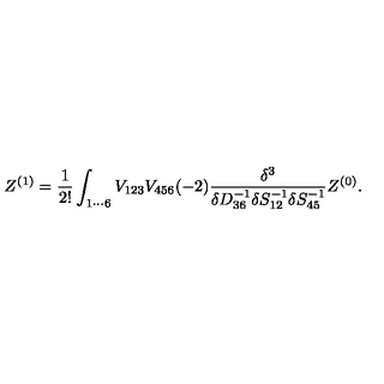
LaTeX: Z ^ { ( 1 ) } = \frac { 1 } { 2 ! } \int _ { 1 \cdots 6 } V _ { 1 2 3 } V _ { 4 5 6 } ( - 2 ) \frac { \delta ^ { 3 } } { \delta D _ { 3 6 } ^ { - 1 } \delta S _ { 1 2 } ^ { - 1 } \delta S _ { 4 5 } ^ { - 1 } } Z ^ { ( 0 ) } .